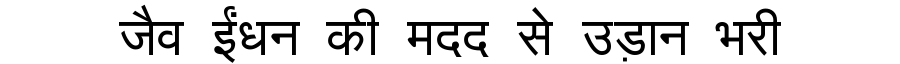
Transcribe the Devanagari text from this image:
जैव ईंधन की मदद से उड़ान भरी